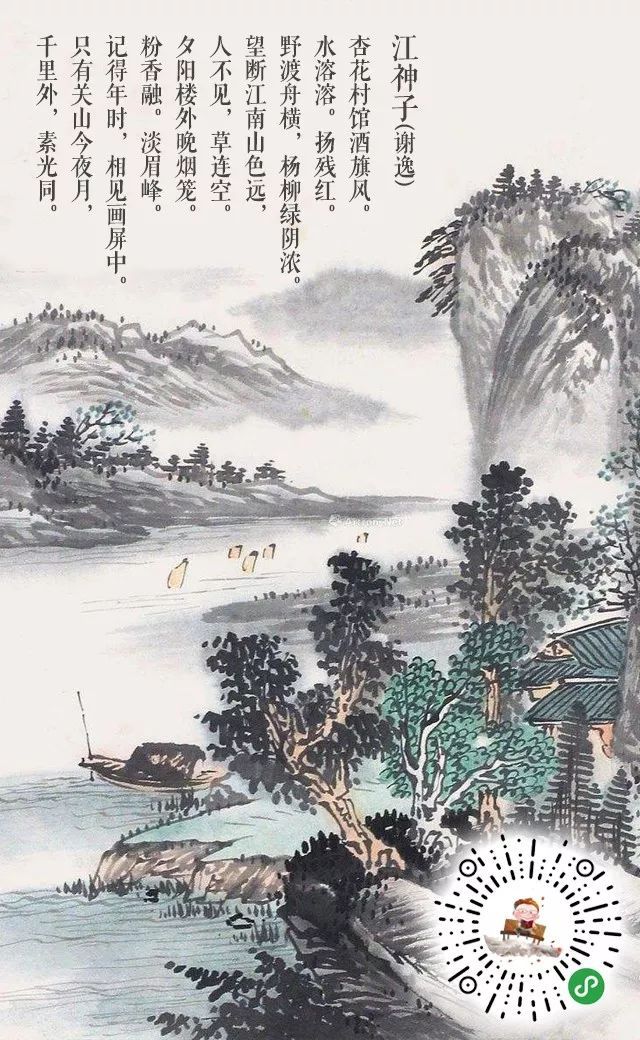
杏花村馆酒旗风。水溶溶。扬残红。